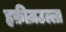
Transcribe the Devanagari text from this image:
हफ़ीज़उल्ला